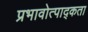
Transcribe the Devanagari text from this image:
प्रभावोत्पाद्कता